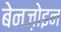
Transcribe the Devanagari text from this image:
बेनज़ोइन